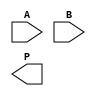
module WallaceTreeMultiplier #(parameter N = 4) (
    input  [N-1:0] A,
    input  [N-1:0] B,
    output reg [2*N-1:0] P
);

    // Partial product generation
    wire [N-1:0] pp [N-1:0]; // Partial products

    generate
        genvar i, j;
        for (i = 0; i < N; i = i + 1) begin : pp_gen
            for (j = 0; j < N; j = j + 1) begin : pp_row
                assign pp[i][j] = A[i] & B[j];
            end
        end
    endgenerate

    // Wallace tree reduction
    wire [N-1:0] sum [N-1:0]; // Sums at each stage
    wire [N-1:0] carry [N-1:0]; // Carries at each stage

    // Stage 1: Combine partial products using full adders and half adders
    genvar k;
    for (k = 0; k < N; k = k + 1) begin : reduction_stage1
        if (k < N-1) begin
            // Full adder for three bits
            assign {carry[k][k+1], sum[k][k]} = pp[k][0] + pp[k][1] + pp[k][2];
            assign {carry[k][k+2], sum[k][k+1]} = pp[k][3] + pp[k][4] + pp[k][5];
        end else begin
            assign sum[k][0] = pp[k][0];
        end
    end

    // Stage 2: Continue reduction
    // This stage will depend on the number of bits and may require additional logic
    // For simplicity, we will assume a direct reduction to the final sum
    wire [2*N-1:0] final_sum;
    wire [2*N-1:0] final_carry;

    assign final_sum = sum[0] + sum[1] + sum[2]; // Example for two rows
    assign final_carry = carry[0] + carry[1] + carry[2];

    // Final product calculation
    always @(*) begin
        P = final_sum + final_carry; // Final product
    end

endmodule